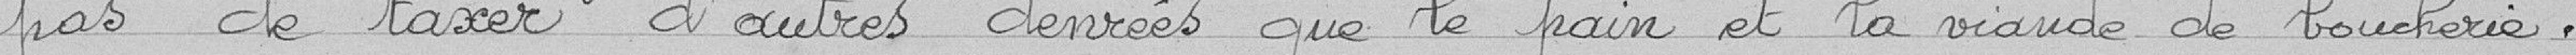
pas de taxer d'autres denrées que le pain et la viande de boucherie.